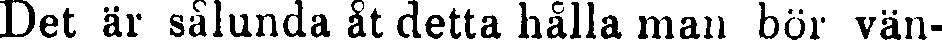
Det är sålunda åt detta hålla man bör vän-